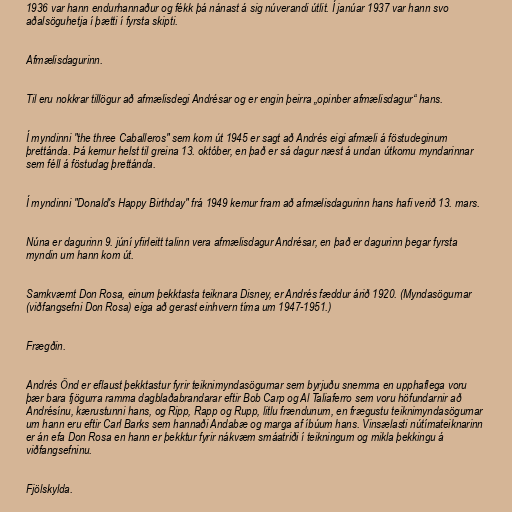
1936 var hann endurhannaður og fékk þá nánast á sig núverandi útlit. Í janúar 1937 var hann svo
aðalsöguhetja í þætti í fyrsta skipti.

Afmælisdagurinn.

Til eru nokkrar tillögur að afmælisdegi Andrésar og er engin þeirra „opinber afmælisdagur“ hans.

Í myndinni "the three Caballeros" sem kom út 1945 er sagt að Andrés eigi afmæli á föstudeginum
þrettánda. Þá kemur helst til greina 13. október, en það er sá dagur næst á undan útkomu myndarinnar
sem féll á föstudag þrettánda.

Í myndinni "Donald's Happy Birthday" frá 1949 kemur fram að afmælisdagurinn hans hafi verið 13. mars.

Núna er dagurinn 9. júní yfirleitt talinn vera afmælisdagur Andrésar, en það er dagurinn þegar fyrsta
myndin um hann kom út.

Samkvæmt Don Rosa, einum þekktasta teiknara Disney, er Andrés fæddur árið 1920. (Myndasögurnar
(viðfangsefni Don Rosa) eiga að gerast einhvern tíma um 1947-1951.)

Frægðin.

Andrés Önd er eflaust þekktastur fyrir teiknimyndasögurnar sem byrjuðu snemma en upphaflega voru
þær bara fjögurra ramma dagblaðabrandarar eftir Bob Carp og Al Taliaferro sem voru höfundarnir að
Andrésínu, kærustunni hans, og Ripp, Rapp og Rupp, litlu frændunum, en frægustu teiknimyndasögurnar
um hann eru eftir Carl Barks sem hannaði Andabæ og marga af íbúum hans. Vinsælasti nútímateiknarinn
er án efa Don Rosa en hann er þekktur fyrir nákvæm smáatriði í teikningum og mikla þekkingu á
viðfangsefninu.

Fjölskylda.